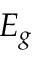
E _ { g }